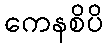
ကေနစိပိ